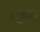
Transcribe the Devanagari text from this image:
एव्क